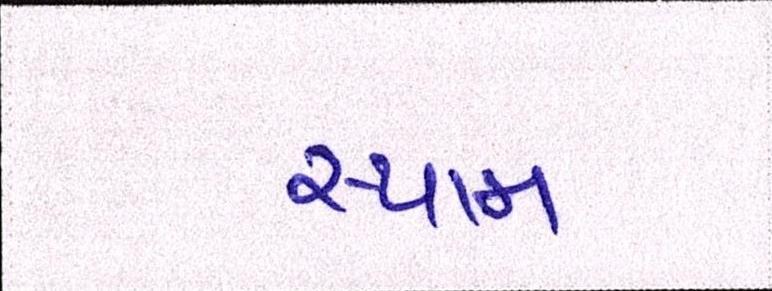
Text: સ્પામ